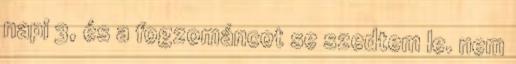
napi 3, és a fogzománcot se szedtem le. nem